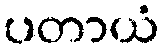
ပတာယံ